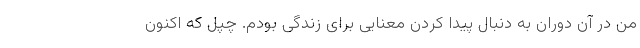
من در آن دوران به دنبال پیدا کردن معنایی برای زندگی بودم. چپل که اکنون